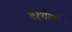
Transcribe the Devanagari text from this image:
बरथेलों